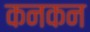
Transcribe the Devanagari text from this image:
कनकन